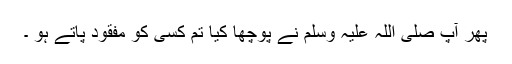
پھر آپ صلی اللہ علیہ وسلم نے پوچھا کیا تم کسی کو مفقود پاتے ہو ۔